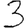
Digit: 3